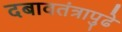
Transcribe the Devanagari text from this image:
दबावतंत्रापुढे